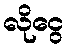
လိုငွေ